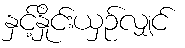
နှင့်နှိုင်းယှဉ်လျှင်